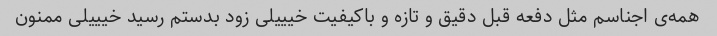
همه‌ی اجناسم مثل دفعه قبل دقیق و تازه و باکیفیت خیییلی زود بدستم رسید خیییلی ممنون